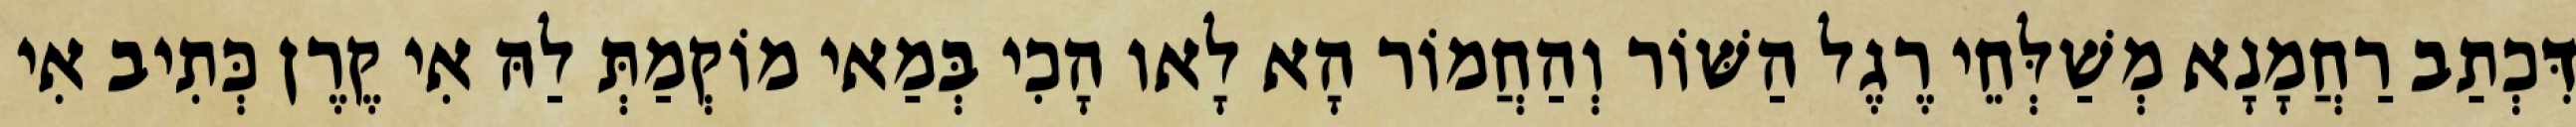
דִּכְתַב רַחֲמָנָא מְשַׁלְּחֵי רֶגֶל הַשּׁוֹר וְהַחֲמוֹר הָא לָאו הָכִי בְּמַאי מוֹקְמַתְּ לַהּ אִי קֶרֶן כְּתִיב אִי